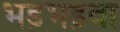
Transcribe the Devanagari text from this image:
भड़भड़वा